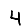
Digit: 4